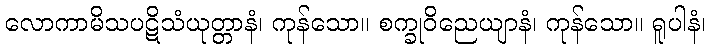
လောကာမိသပဋိသံယုတ္တာနံ၊ ကုန်သော။ စက္ခုဝိညေယျာနံ၊ ကုန်သော။ ရူပါနံ၊